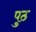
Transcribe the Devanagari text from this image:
पुठ